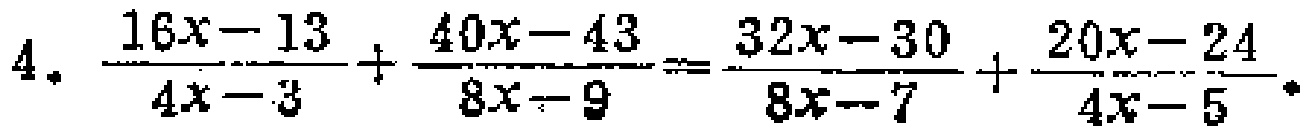
\[4.\ \frac{16x - 13}{4x - 3}+\frac{40x - 43}{8x - 9}=\frac{32x - 30}{8x - 7}+\frac{20x - 24}{4x - 5}\]